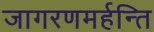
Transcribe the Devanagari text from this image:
जागरणमर्हन्ति